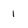
Character: 1